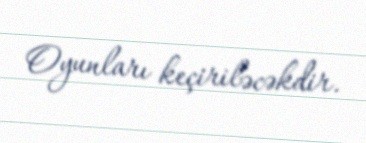
Oyunları keçiriləcəkdir.